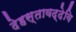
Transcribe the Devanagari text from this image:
देहस्तावद्देवि